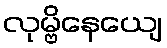
လုမ္ဗိနေယျေ